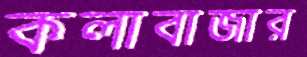
কলাবাজার